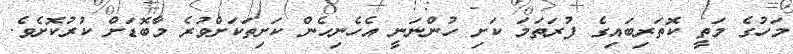
މަހުގެ މަތީ ކޮތަރިބައިގެ ފުރަތަމަ ކަށި ހުންނަނީ އެހެނިހެން ކަށިތަކަށްވުރެ މާބޮޑަށް ކުރުކޮށެވެ.